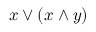
x \vee ( x \wedge y )